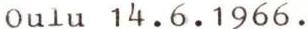
0ulu 14.6.1966.